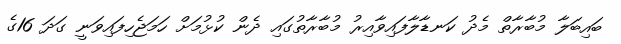
ބައިބަލާ މުބާރާތް މެދު ކަނޑާލާފައިވާއިރު މުބާރާތުގައި ދެން ކުޅުމަށް ހަމަޖެހިފައިވަނީ ގަދަ 16ގެ